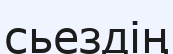
сьездің